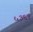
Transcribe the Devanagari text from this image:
५३६१